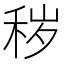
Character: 秽